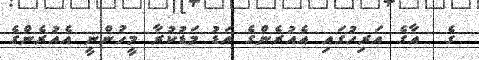
ގެ  އާގެ އަރިހުގައި އެއުރެންގެ އަޑު މަޑުކުރާ މީހުންނީ އެއުރެންގެ